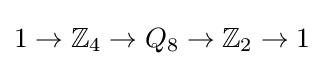
1\to \mathbb {Z} _{4}\to Q_{8}\to \mathbb {Z} _{2}\to 1